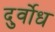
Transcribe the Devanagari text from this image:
दुर्वोध